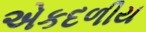
એકદળીય